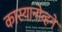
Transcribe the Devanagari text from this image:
कास्यानोव्हने